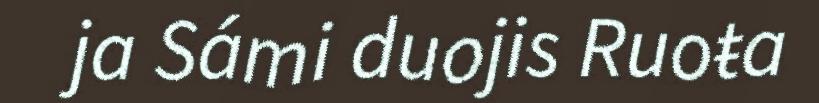
ja Sámi duojis Ruoŧa